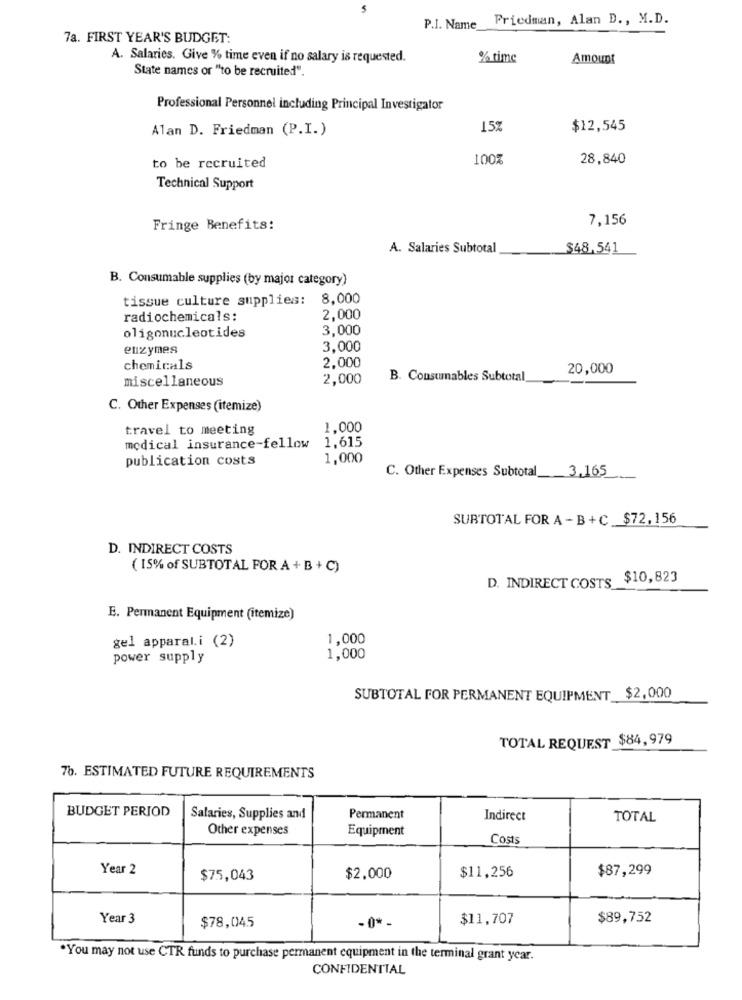
5
P.I. Name Friedman, Alan D ., M.D.
7a. FIRST YEAR'S BUDGET:
A. Salaries. Give % time even if no salary is requested.
% time
Amount
State names or "to be recruited".
Professional Personnel including Principal Investigator
Alan D. Friedman (P.I.)
15%
$12,545
100%
28,840
to be recruited
Technical Support
7,156
Fringe Benefits:
A. Salaries Subtotal
$48,541
B. Consumable supplies (by major category)
tissue culture supplies: 8,000
radiochemicals:
2,000
3,000
oligonucleotides
enzymes
3,000
chemicals
2,000
20,000
miscellaneous
2,000
B. Consumables Subtotal
C. Other Expenses (itemize)
travel to meeting
1.000
medical insurance-fellow
1,615
publication costs
1,000
C. Other Expenses Subtotal 3,165
SUBTOTAL FOR A - B+ C $72,156
D. INDIRECT COSTS
( 15% of SUBTOTAL FOR A + B + C)
D. INDIRECT COSTS $10,823
E. Permanent Equipment (itemize)
gel apparal.i (2)
1,000
power supply
1,000
SUBTOTAL FOR PERMANENT EQUIPMENT $2,000
TOTAL REQUEST $84,979
76. ESTIMATED FUTURE REQUIREMENTS
BUDGET PERIOD
Salaries, Supplies and
Permanent
Indirect
TOTAL
Other expenses
Equipment
Costs
Year 2
$11,256
$87,299
$75,043
$2.000
Year 3
$11,707
$89,752
$78,045
-0 *-
.You may not use CTR funds to purchase permanent equipment in the terminal grant year.
CONFIDENTIAL